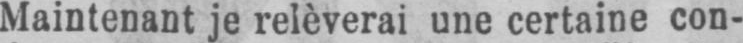
Maintenant je relèverai une certaine con-